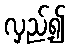
လှည့်၍